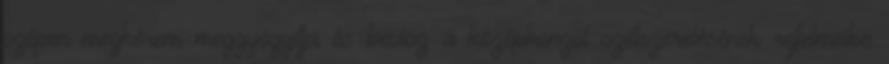
szépen megkérem meggyógyitja és bevisz a középkonzol szétszerelésének rejtelmeibe